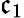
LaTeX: \mathfrak{c}_{1}